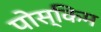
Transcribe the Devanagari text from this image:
पोस्किम